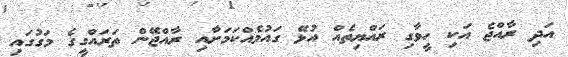
އަދި ރާއްޖެ އަކި ހީވާގި ރައްޔިތެއް އުޅޭ ގައުމެއްކަމަށާއި ރާއްޖޭން ތަރައްގީގެ މަގުގައި